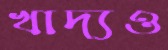
খাদ্যও